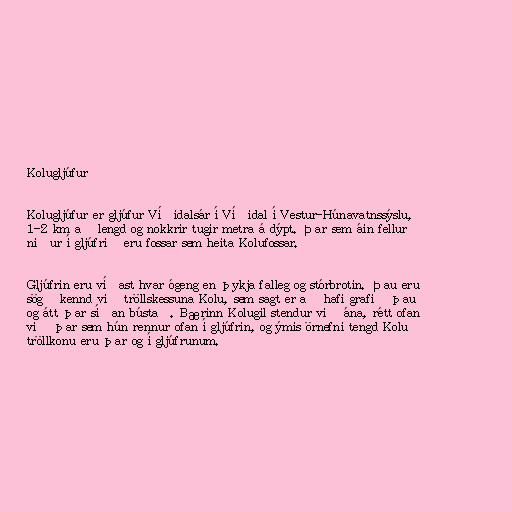
Kolugljúfur

Kolugljúfur er gljúfur Víðidalsár í Víðidal í Vestur-Húnavatnssýslu,
1-2 km að lengd og nokkrir tugir metra á dýpt. Þar sem áin fellur
niður í gljúfrið eru fossar sem heita Kolufossar.

Gljúfrin eru víðast hvar ógeng en þykja falleg og stórbrotin. Þau eru
sögð kennd við tröllskessuna Kolu, sem sagt er að hafi grafið þau
og átt þar síðan bústað. Bærinn Kolugil stendur við ána, rétt ofan
við þar sem hún rennur ofan í gljúfrin, og ýmis örnefni tengd Kolu
tröllkonu eru þar og í gljúfrunum.